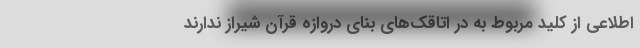
اطلاعی از کلید مربوط به در اتاقک‌های بنای دروازه قرآن شیراز ندارند